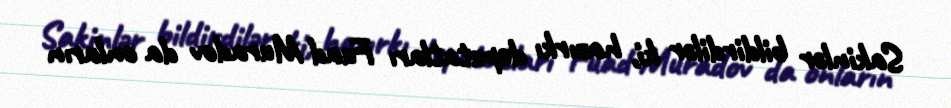
Sakinlər bildirdilər ki, hazırkı deputatları Fuad Muradov da onların